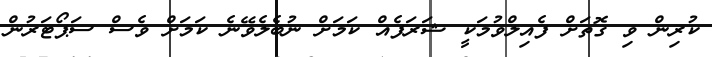
ކުރިން ވި ގޮތަށް ފެއިލްވުމަކީ ޝަރަފެއް ކަމަށް ނުބެލެވޭނެ ކަމަށް ވެސް ސަޕޯޓަރުން